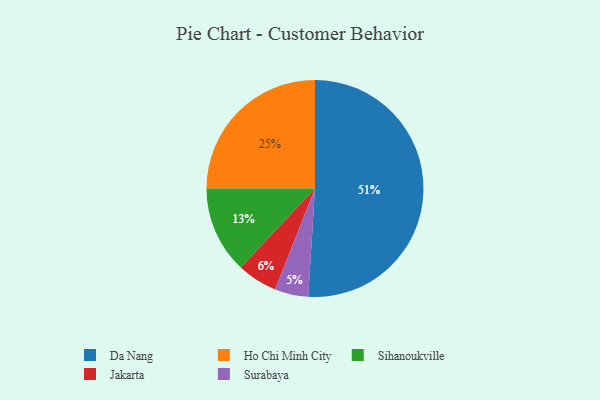
{"axis": {"x": "Category", "y": "Percentage"}, "legend": ["Da Nang", "Ho Chi Minh City", "Jakarta", "Sihanoukville", "Surabaya"], "data": [{"x": "Jakarta", "y": 6, "type": "Jakarta"}, {"x": "Sihanoukville", "y": 13, "type": "Sihanoukville"}, {"x": "Surabaya", "y": 5, "type": "Surabaya"}, {"x": "Ho Chi Minh City", "y": 25, "type": "Ho Chi Minh City"}, {"x": "Da Nang", "y": 51, "type": "Da Nang"}]}